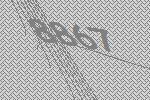
8867